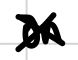
Text: on
Cross-out: mix
Writing tool: digital_black